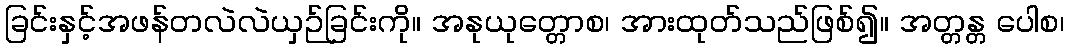
ခြင်းနှင့်အဖန်တလဲလဲယှဉ်ခြင်းကို။ အနုယုတ္တောစ၊ အားထုတ်သည်ဖြစ်၍။ အတ္တန္တ ပေါစ၊